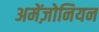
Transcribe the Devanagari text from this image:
अमेंज़ोनियन